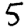
Digit: 5